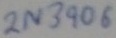
Text: 2N3906